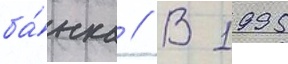
ба́нка // В 1995